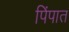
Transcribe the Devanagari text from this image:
पिंपात